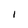
Character: I